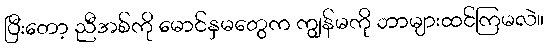
ပြီးတော့ ညီအစ်ကို မောင်နှမတွေက ကျွန်မကို ဘာများထင်ကြမလဲ။